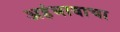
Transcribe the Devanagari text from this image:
अहंभावाचा